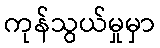
ကုန်သွယ်မှုမှာ